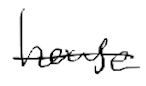
Text: house
Cross-out: single-line
Writing tool: digital_black